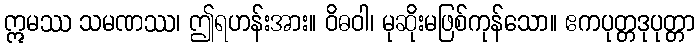
ဣမဿ သမဏဿ၊ ဤရဟန်းအား။ ဝိဓဝါ၊ မုဆိုးမဖြစ်ကုန်သော။ ဧကပုတ္တဒုပုတ္တာ